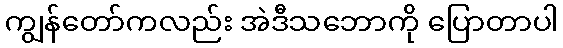
ကျွန်တော်ကလည်း အဲဒီသဘောကို ပြောတာပါ